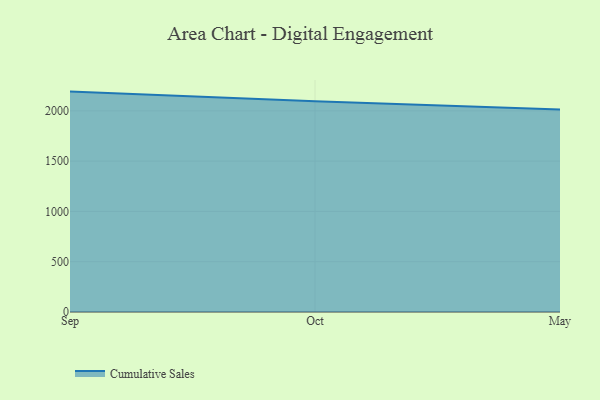
{"axis": {"x": "Month", "y": "Active Users"}, "legend": ["Cumulative Sales"], "data": [{"x": "Sep", "y": 2191.2, "type": "Cumulative Sales"}, {"x": "Oct", "y": 2094.1, "type": "Cumulative Sales"}, {"x": "May", "y": 2014.2, "type": "Cumulative Sales"}]}